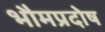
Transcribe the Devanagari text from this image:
भौमप्रदोष